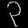
Digit: ၃